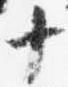
十